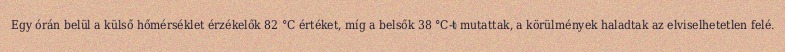
Egy órán belül a külső hőmérséklet érzékelők 82 °C értéket, míg a belsők 38 °C-t mutattak, a körülmények haladtak az elviselhetetlen felé.